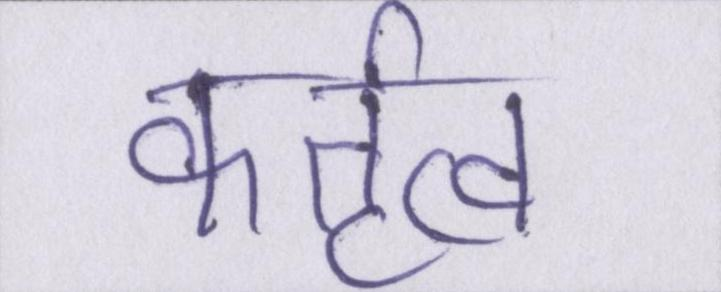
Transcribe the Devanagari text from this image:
कर्तृत्व